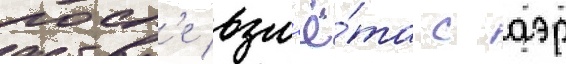
посл'е взл'ё́та с аэр